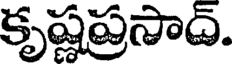
కృష్ణప్రసాద్.